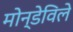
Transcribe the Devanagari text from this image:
मोन्डेविले